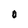
Character: O